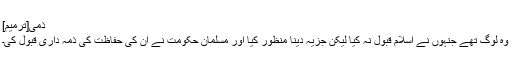
ذمی[ترمیم]
وہ لوگ تھے جنہوں نے اسلام قبول نہ کیا لیکن جزیہ دینا منظور کیا اور مسلمان حکومت نے ان کی حفاظت کی ذمہ داری قبول کی۔